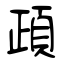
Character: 頙